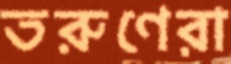
তরুণেরা